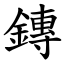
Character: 鏄